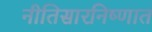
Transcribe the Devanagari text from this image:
नीतिसारनिष्णात